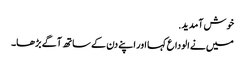
خوش آمدید.
میں نے الوداع کہا اور اپنے دن کے ساتھ آگے بڑھا۔